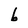
Character: b